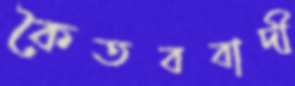
কৈতববাদী